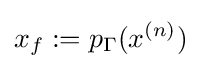
x_{f}:=p_{\Gamma }(x^{(n)})